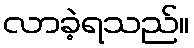
လာခဲ့ရသည်။